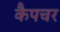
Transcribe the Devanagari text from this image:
कैपचर